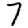
Digit: 7